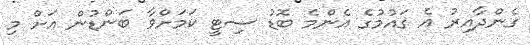
ގެންދާއިރު އެ ގައުމުގެ އެންމެ ބޮޑު ސިޓީ ކަމަށްވާ ބަންޑުން އަށް މި